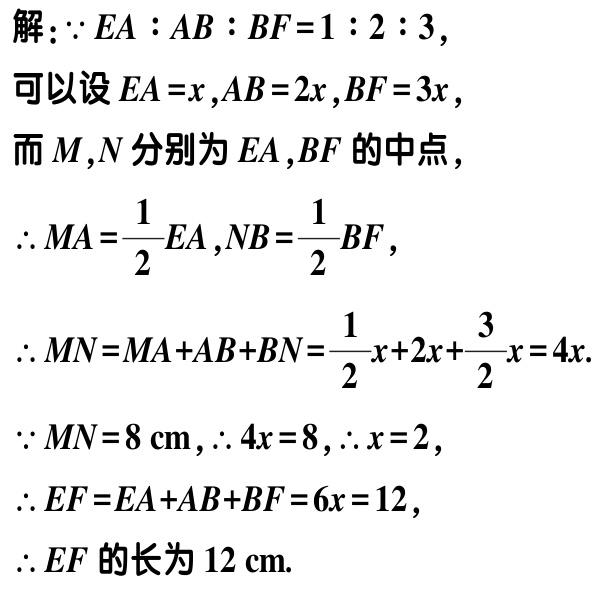
解：\(\because EA:AB:BF = 1:2:3\)，
可以设\(EA = x\)，\(AB = 2x\)，\(BF = 3x\)，
而\(M\)，\(N\)分别为\(EA\)，\(BF\)的中点，
\(\therefore MA=\dfrac{1}{2}EA\)，\(NB=\dfrac{1}{2}BF\)，
\(\therefore MN = MA + AB + BN=\dfrac{1}{2}x + 2x+\dfrac{3}{2}x = 4x\).
\(\because MN = 8\mathrm{cm}\)，\(\therefore 4x = 8\)，\(\therefore x = 2\)，
\(\therefore EF = EA + AB + BF = 6x = 12\)，
\(\therefore EF\)的长为\(12\mathrm{cm}\).